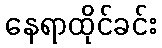
နေရာထိုင်ခင်း